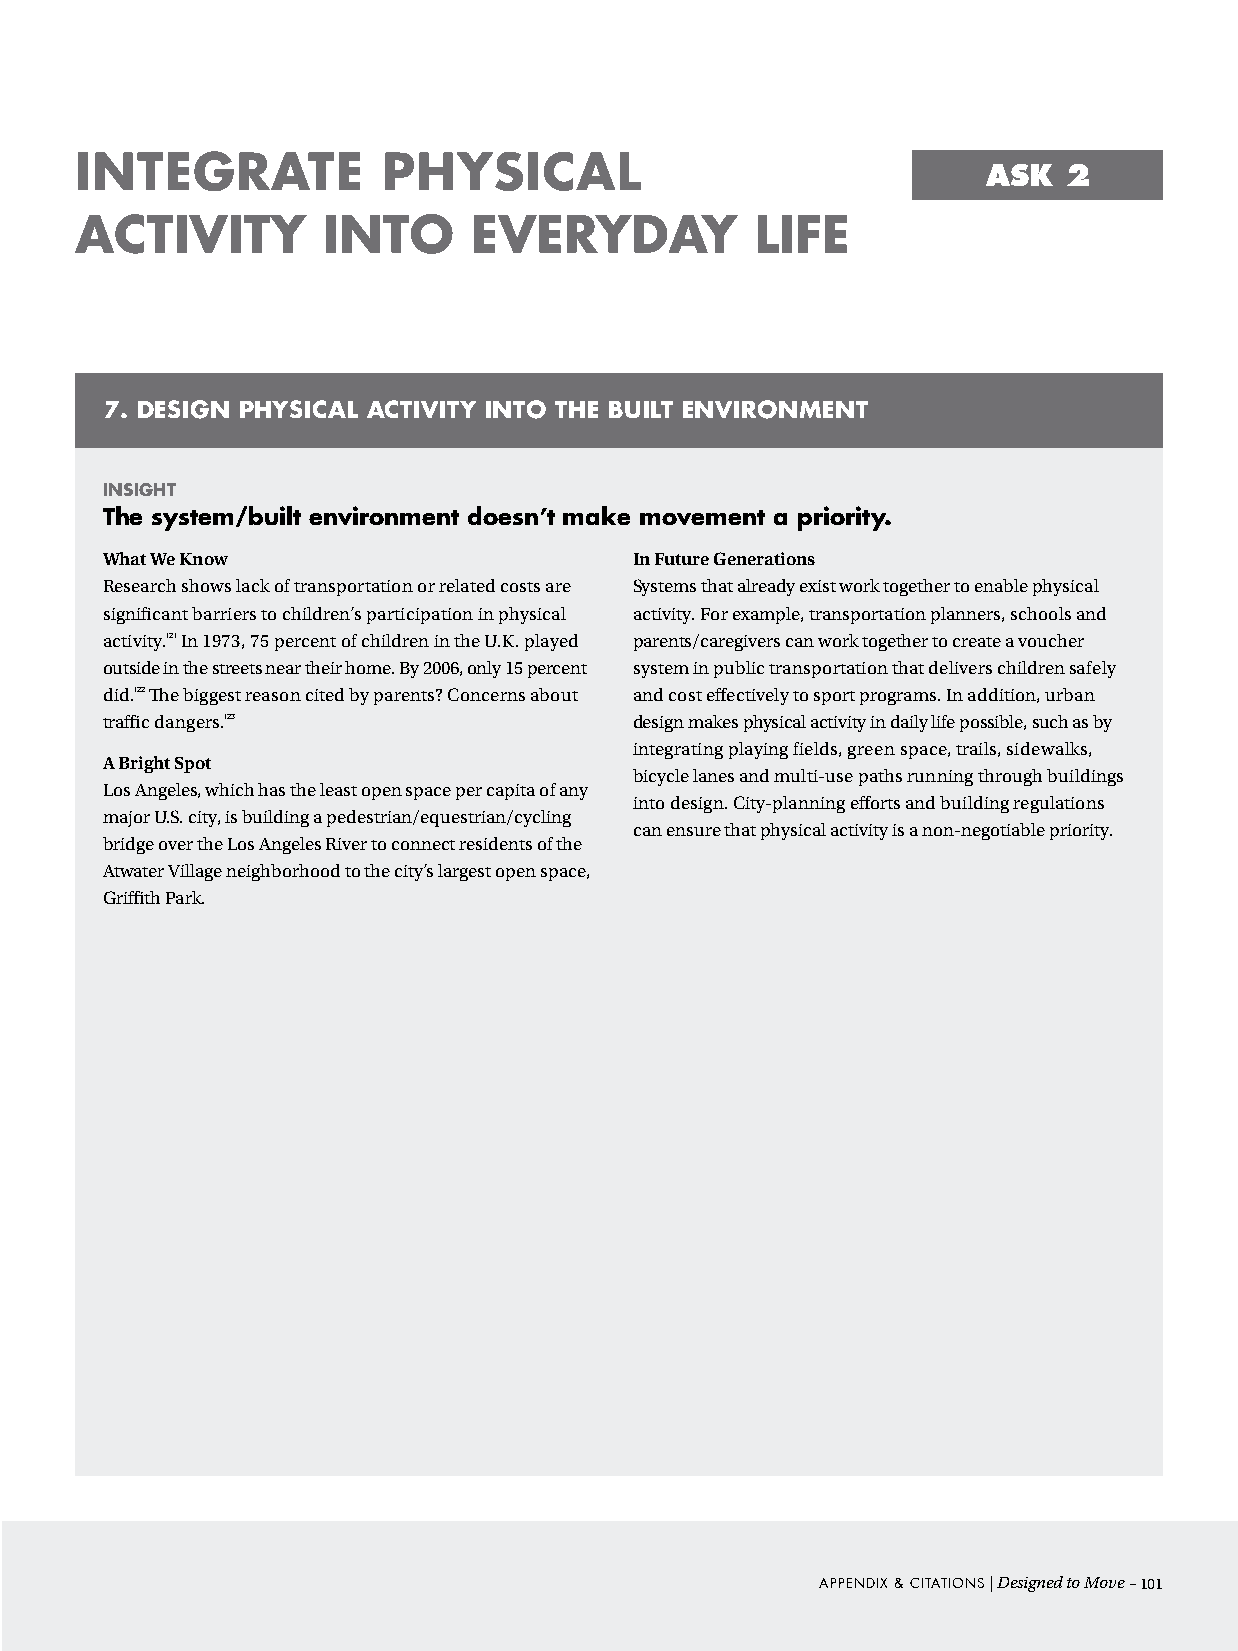
inteGrate           physical
 ASK   2
 activity        into      everyday           liFe
 7. desiGn physical activity into the BUilt environMent
 insiGht
 the system/built environment doesn’t make movement a priority.
 What We Know                       In Future Generations
 Research shows lack of transportation or related costs are Systems that already exist work together to enable physical
 significant barriers to children’s participation in physical activity. For example, transportation planners, schools and
 activity.121 In 1973, 75 percent of children in the U.K. played parents/caregivers can work together to create a voucher
 outside in the streets near their home. By 2006, only 15 percent system in public transportation that delivers children safely
 did.122 The biggest reason cited by parents? Concerns about and cost effectively to sport programs. In addition, urban
 traffic dangers.123                design makes physical activity in daily life possible, such as by
 integrating playing fields, green space, trails, sidewalks,
 A Bright Spot
 bicycle lanes and multi-use paths running through buildings
 Los Angeles, which has the least open space per capita of any
 into design. City-planning efforts and building regulations
 major U.S. city, is building a pedestrian/equestrian/cycling
 can ensure that physical activity is a non-negotiable priority.
 bridge over the Los Angeles River to connect residents of the
 Atwater Village neighborhood to the city’s largest open space,
 Griffith Park.
 Appendix & ciTATions | Designed to Move –101